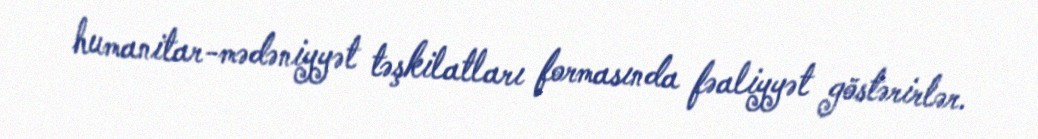
humanitar-mədəniyyət təşkilatları formasında fəaliyyət göstərirlər.